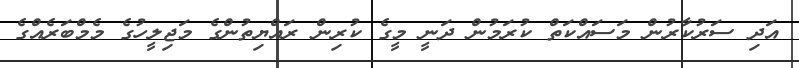
އަދި ސަރުކާރުން މަސައްކަތް ކުރަމުން ދަނީ މީގެ ކުރިން ރައްޔިތުންގެ މަޖިލީހުގެ މެމްބަރެއްގެ